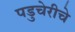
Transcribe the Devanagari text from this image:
पडुचेरीचे